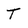
Character: T